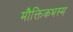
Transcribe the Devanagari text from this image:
मौक्तिकभस्म